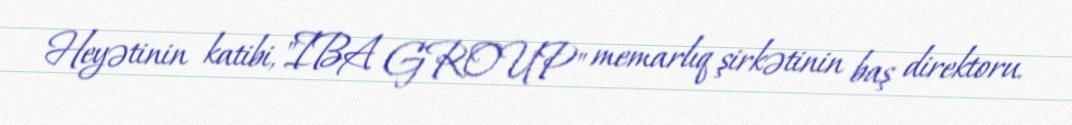
Heyətinin katibi, "IBA GROUP" memarlıq şirkətinin baş direktoru.